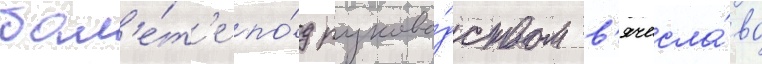
бал'е́т'е по́д руково́дством в'ячесла́ва